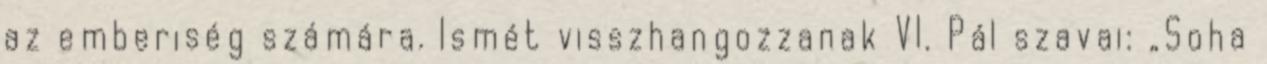
az emberiség számára. Ismét visszhangozzanak VI. Pál szavai: „Soha